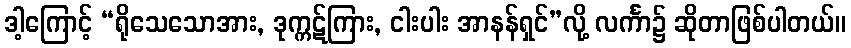
ဒါ့ကြောင့် “ရိုသေသောအား, ဒုက္ကဋ်ကြား, ငါးပါး အာနန်ရှင်”လို့ လင်္ကာ၌ ဆိုတာဖြစ်ပါတယ်။